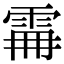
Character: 𩂨